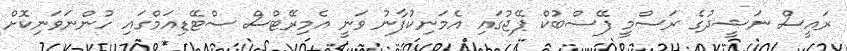
ރައީސް ނަޝީދުގެ ރަސްމީ ފޭސްބުކް ޕޭޖުގައި އެމަނިކުފާނު ވަނީ އެމިރޭޓްސް ސްޓޭޑިއަމްގައި ހުންނަވަނިކޮށް